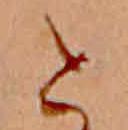
と